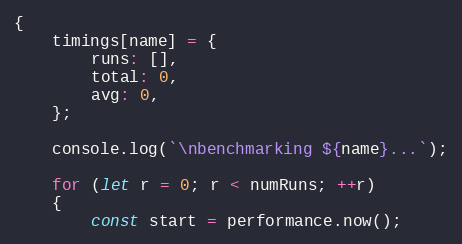
Language: JavaScript
{
    timings[name] = {
        runs: [],
        total: 0,
        avg: 0,
    };

    console.log(`\nbenchmarking ${name}...`);

    for (let r = 0; r < numRuns; ++r)
    {
        const start = performance.now();